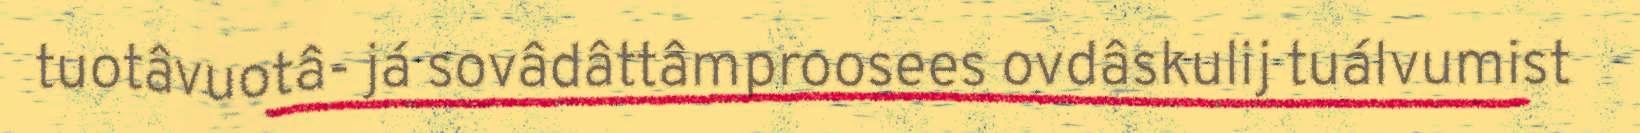
tuotâvuotâ- já sovâdâttâmproosees ovdâskulij tuálvumist